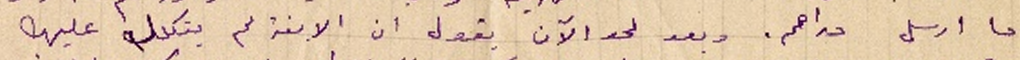
ما ارسل دراهم. وبعد لحد الآن يقول ان الابنة لم يتكلل عليها